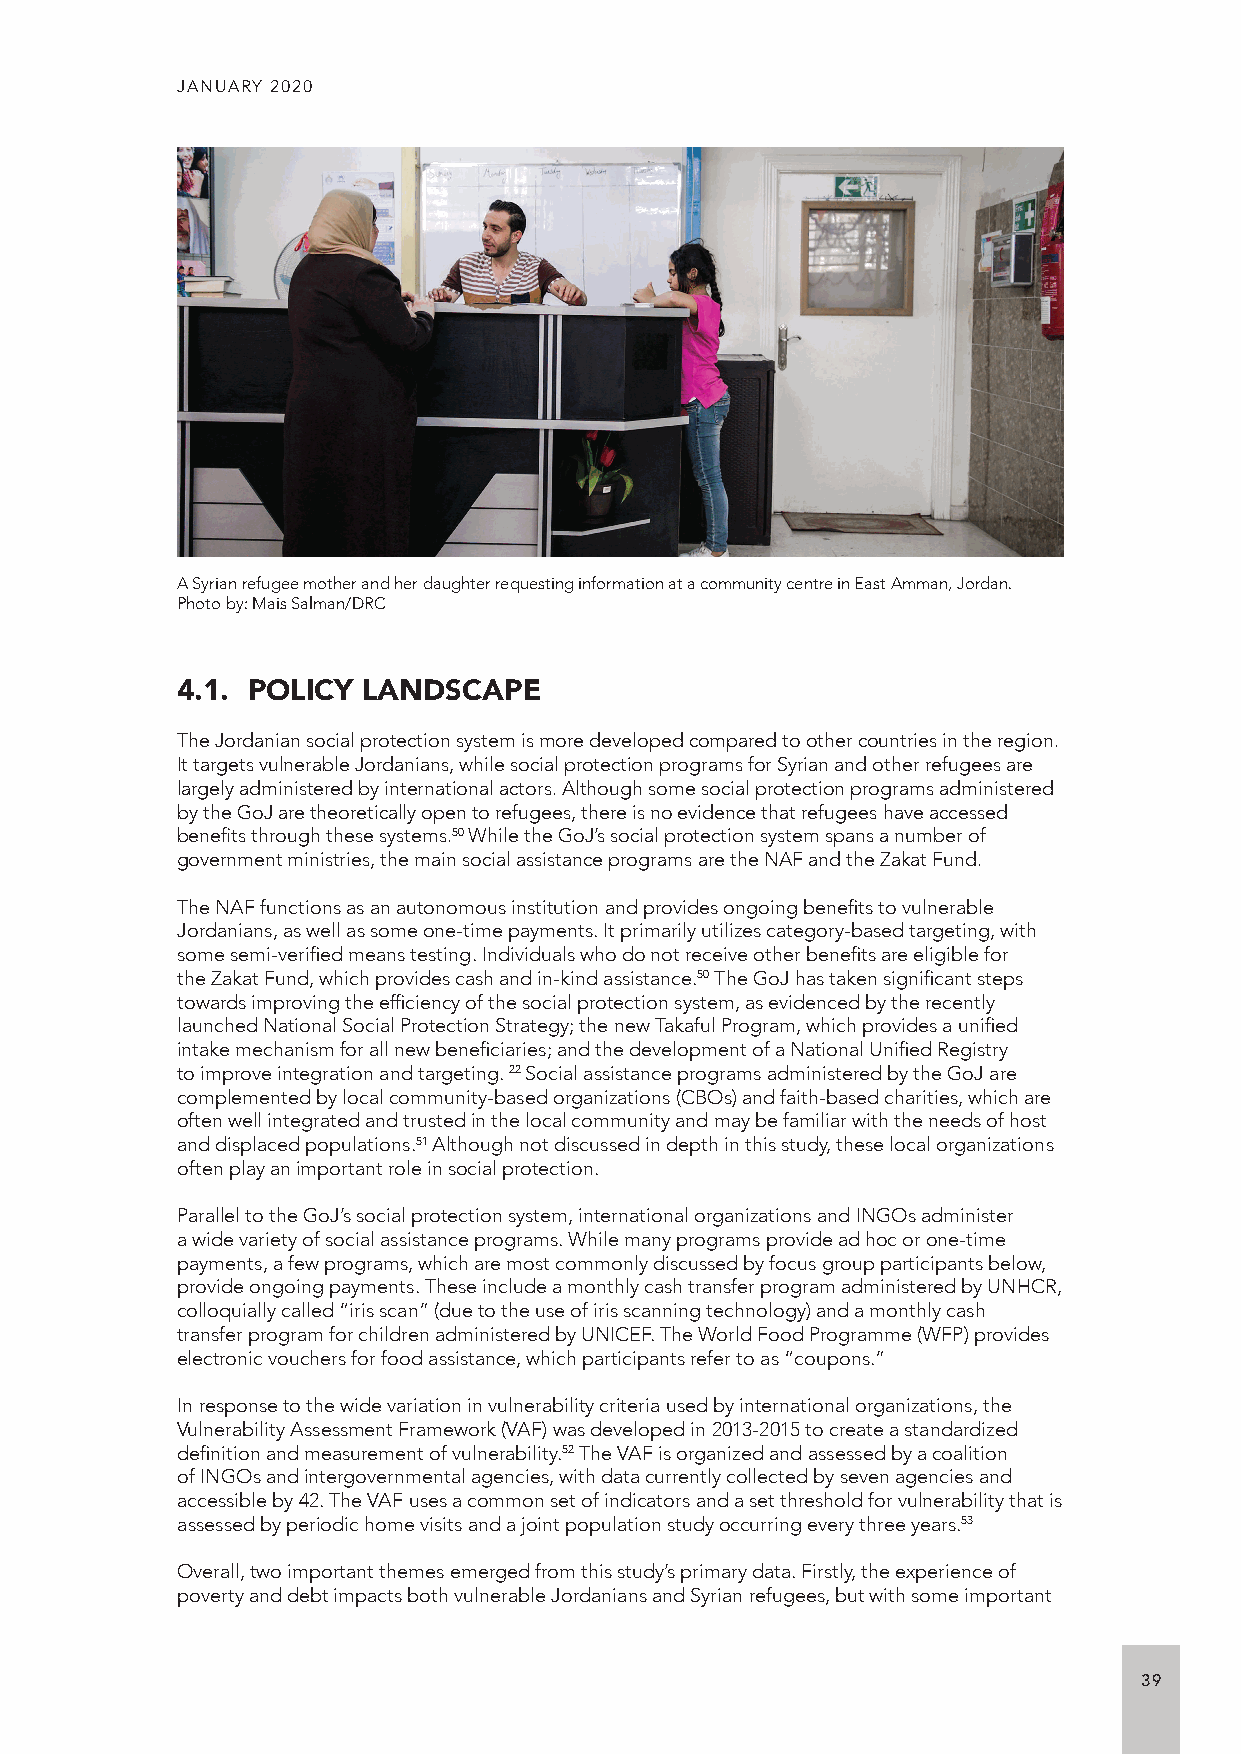
JANUARY 2020
 A Syrian refugee mother and her daughter requesting information at a community centre in East Amman, Jordan.
 Photo by: Mais Salman/DRC
 4.1. POLICY LANDSCAPE
 The Jordanian social protection system is more developed compared to other countries in the region.
 It targets vulnerable Jordanians, while social protection programs for Syrian and other refugees are
 largely administered by international actors. Although some social protection programs administered
 by the GoJ are theoretically open to refugees, there is no evidence that refugees have accessed
 benefits through these systems.50 While the GoJ’s social protection system spans a number of
 government ministries, the main social assistance programs are the NAF and the Zakat Fund.
 The NAF functions as an autonomous institution and provides ongoing benefits to vulnerable
 Jordanians, as well as some one-time payments. It primarily utilizes category-based targeting, with
 some semi-verified means testing. Individuals who do not receive other benefits are eligible for
 the Zakat Fund, which provides cash and in-kind assistance.50 The GoJ has taken significant steps
 towards improving the efficiency of the social protection system, as evidenced by the recently
 launched National Social Protection Strategy; the new Takaful Program, which provides a unified
 intake mechanism for all new beneficiaries; and the development of a National Unified Registry
 to improve integration and targeting. 22 Social assistance programs administered by the GoJ are
 complemented by local community-based organizations (CBOs) and faith-based charities, which are
 often well integrated and trusted in the local community and may be familiar with the needs of host
 and displaced populations.51 Although not discussed in depth in this study, these local organizations
 often play an important role in social protection.
 Parallel to the GoJ’s social protection system, international organizations and INGOs administer
 a wide variety of social assistance programs. While many programs provide ad hoc or one-time
 payments, a few programs, which are most commonly discussed by focus group participants below,
 provide ongoing payments. These include a monthly cash transfer program administered by UNHCR,
 colloquially called “iris scan” (due to the use of iris scanning technology) and a monthly cash
 transfer program for children administered by UNICEF. The World Food Programme (WFP) provides
 electronic vouchers for food assistance, which participants refer to as “coupons.”
 In response to the wide variation in vulnerability criteria used by international organizations, the
 Vulnerability Assessment Framework (VAF) was developed in 2013-2015 to create a standardized
 definition and measurement of vulnerability.52 The VAF is organized and assessed by a coalition
 of INGOs and intergovernmental agencies, with data currently collected by seven agencies and
 accessible by 42. The VAF uses a common set of indicators and a set threshold for vulnerability that is
 assessed by periodic home visits and a joint population study occurring every three years.53
 Overall, two important themes emerged from this study’s primary data. Firstly, the experience of
 poverty and debt impacts both vulnerable Jordanians and Syrian refugees, but with some important
 39